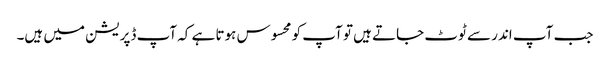
جب آپ اندر سے ٹوٹ جاتے ہیں تو آپ کو محسوس ہوتا ہے کہ آپ ڈپریشن میں ہیں۔